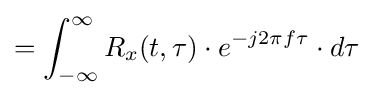
=\int _{-\infty }^{\infty }R_{x}(t,\tau )\cdot e^{-j2\pi f\tau }\cdot d\tau